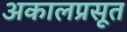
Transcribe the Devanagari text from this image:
अकालप्रसूत